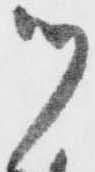
ツ